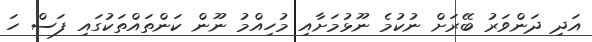
އަދި ދަންވަރު ބޭރަށް ނުކުމެ ނޫޅުމަށާއި މުހިއްމު ނޫން ކަންތައްތަކުގައި ފަސް ހަ